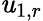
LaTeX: \mathit{u}_{1,r}